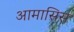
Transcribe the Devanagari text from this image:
आमासिस